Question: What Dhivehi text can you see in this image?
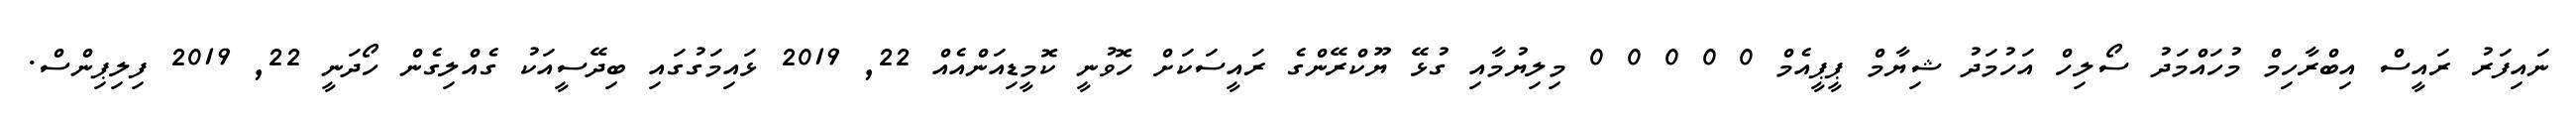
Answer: ނައިފަރު ރައީސް އިބްރާހިމް މުހައްމަދު ސޯލިހް އަހުމަދު ޝިޔާމް ޕީޕީއެމް 0 0 0 0 0 މިލިޔުމާއި ގުޅޭ ޔޫކްރޭންގެ ރައީސަކަށް ހޮވުނީ ކޮމީޑިއަންއެއް 22, 2019 ޅައިމަގުގައި ބިދޭސީއަކު ގެއްލިގެން ހޯދަނީ 22, 2019 ފިލިޕިންސް.